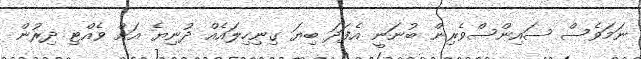
ނަމަވެސް ސައިންސްވެރިން ބުނަނީ އެފަދަ ބިޔަ ގިނިހިލައެއް ދުނިޔެ އަށް ވެއްޓި ދިރުން